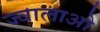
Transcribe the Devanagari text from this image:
ज्वालाओ